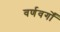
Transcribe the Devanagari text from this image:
वर्णवर्गों